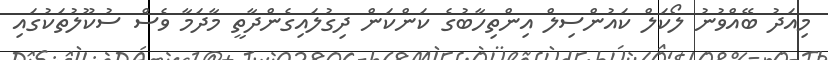
މިއަދު ބޭއްވުނު ލޯކަލް ކައުންސިލް އިންތިހާބުގެ ކަންކަން ދިގުލައިގެންދާތީ މާދަމާ ވެސް ސުކޫލުތަކުގައި